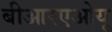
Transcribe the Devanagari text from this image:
बीआरएओयू